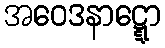
အဝေဒနာဋ္ဋော